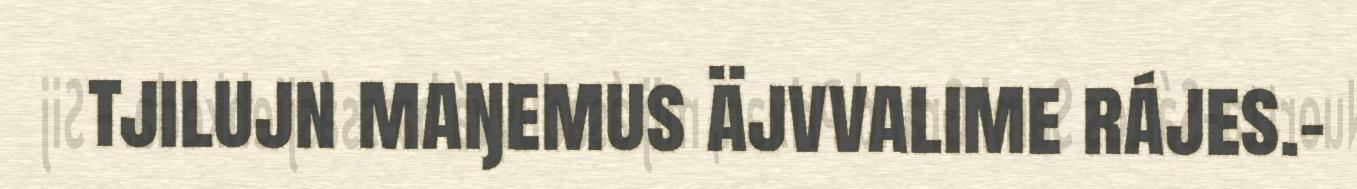
tjilujn maŋemus äjvvalime rájes.–